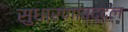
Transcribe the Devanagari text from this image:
सुधारणांबद्दल